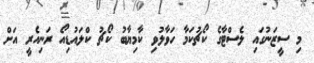
މި ސީޒަނުގައި ލެސްޓާގެ ކޯޗުކަމާ ހަވާލުވި ކާމިޔާބު ކޯޗު ކްލައުޑިއޯ ރަނިއެރީ އަށް